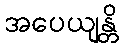
အပေယျန္တိ